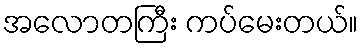
အလောတကြီး ကပ်မေးတယ်။